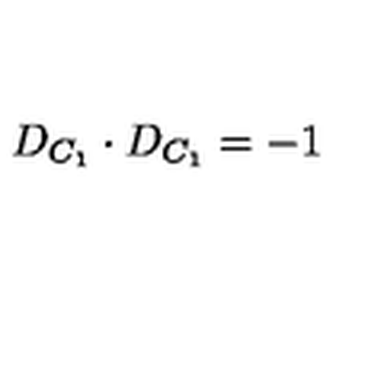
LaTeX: D _ { C _ { 1 } } \cdot D _ { C _ { 1 } } = - 1